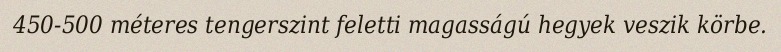
450-500 méteres tengerszint feletti magasságú hegyek veszik körbe.